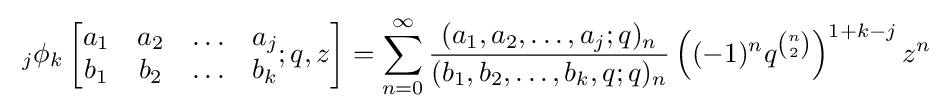
\;_{j}\phi _{k}\left[{\begin{matrix}a_{1}&a_{2}&\ldots &a_{j}\\b_{1}&b_{2}&\ldots &b_{k}\end{matrix}};q,z\right]=\sum _{n=0}^{\infty }{\frac {(a_{1},a_{2},\ldots ,a_{j};q)_{n}}{(b_{1},b_{2},\ldots ,b_{k},q;q)_{n}}}\left((-1)^{n}q^{n \choose 2}\right)^{1+k-j}z^{n}